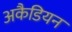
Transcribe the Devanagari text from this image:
अकैडियन